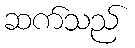
ဆက်သည်